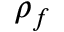
\rho _ { f }